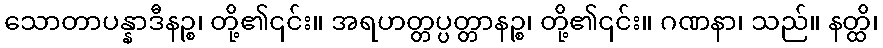
သောတာပန္နာဒီနဉ္စ၊ တို့၏၎င်း။ အရဟတ္တပ္ပတ္တာနဉ္စ၊ တို့၏၎င်း။ ဂဏနာ၊ သည်။ နတ္ထိ၊